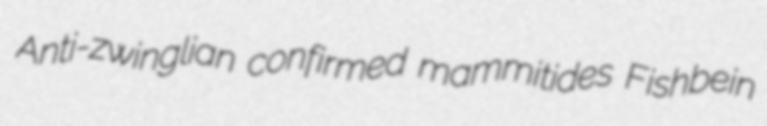
Anti-zwinglian confirmed mammitides Fishbein